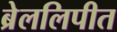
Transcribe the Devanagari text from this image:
ब्रेललिपीत